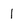
Character: 1